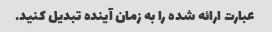
عبارت ارائه شده را به زمان آینده تبدیل کنید.